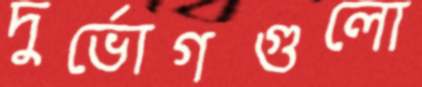
দুর্ভোগগুলো